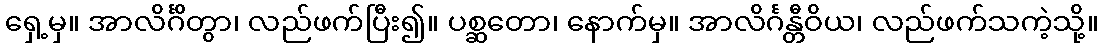
ရှေ့မှ။ အာလိင်္ဂိတွာ၊ လည်ဖက်ပြီး၍။ ပစ္ဆတော၊ နောက်မှ။ အာလိင်္ဂန္တီဝိယ၊ လည်ဖက်သကဲ့သို့။